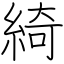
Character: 綺